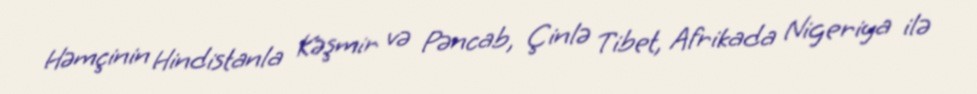
Həmçinin Hindistanla Kəşmir və Pəncab, Çinlə Tibet, Afrikada Nigeriya ilə